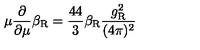
\mu \frac { \partial } { \partial \mu } \beta _ { \mathrm { R } } = \frac { 4 4 } 3 \beta _ { \mathrm { R } } \frac { g _ { \mathrm { R } } ^ { 2 } } { ( 4 \pi ) ^ { 2 } }